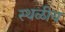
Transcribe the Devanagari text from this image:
स्थळीय